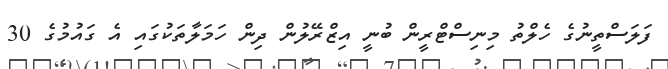
ފަލަސްތީނުގެ ހެލްތު މިނިސްޓްރީން ބުނީ އިޒްރޭލުން ދިން ހަަމަލާތަކުގައި އެ ގައުމުގެ 30